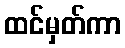
ထင်မှတ်ကာ